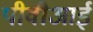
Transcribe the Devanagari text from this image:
पीवीआई